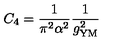
C _ { 4 } = \frac { 1 } { \pi ^ { 2 } \alpha ^ { 2 } } \frac { 1 } { g _ { \mathrm { Y M } } ^ { 2 } }